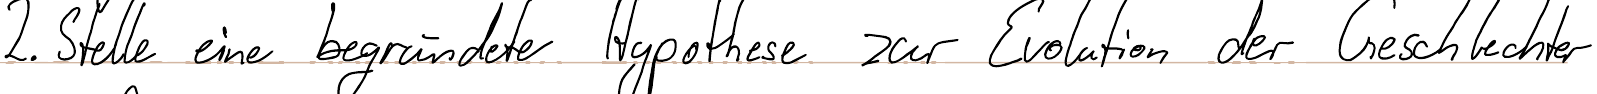
2. Stelle eine begründete Hypothese zur Evolution der Geschlechter